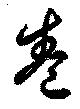
巻